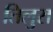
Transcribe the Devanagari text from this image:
तिलुरा